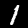
Label: 1